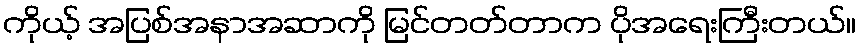
ကိုယ့် အပြစ်အနာအဆာကို မြင်တတ်တာက ပိုအရေးကြီးတယ်။